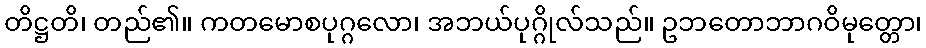
တိဋ္ဌတိ၊ တည်၏။ ကတမောစပုဂ္ဂလော၊ အဘယ်ပုဂ္ဂိုလ်သည်။ ဥဘတောဘာဂဝိမုတ္တော၊